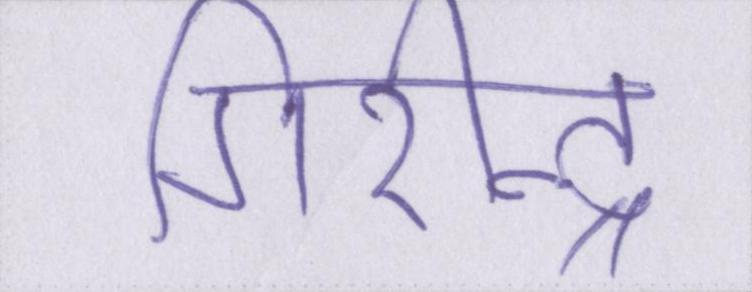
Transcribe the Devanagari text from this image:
गिरीन्द्र